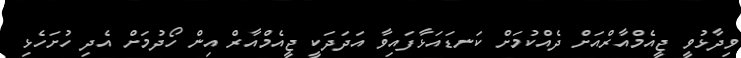
ވިދާޅުވީ ޖީއެމްއާރްއަށް ދެއްކުމަށް ކަނޑައަޅާފައިވާ އަދަދަކީ ޖީއެމްއާރް އިން ހޯދުމަށް އެދި ހުށަހެޅި